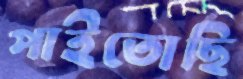
পাইতোছি